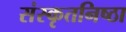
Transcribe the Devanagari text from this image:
संस्कृतनिष्ठा